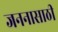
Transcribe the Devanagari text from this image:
जननासाठी